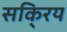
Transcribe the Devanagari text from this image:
सकि्रय